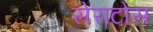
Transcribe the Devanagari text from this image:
सेराटोस